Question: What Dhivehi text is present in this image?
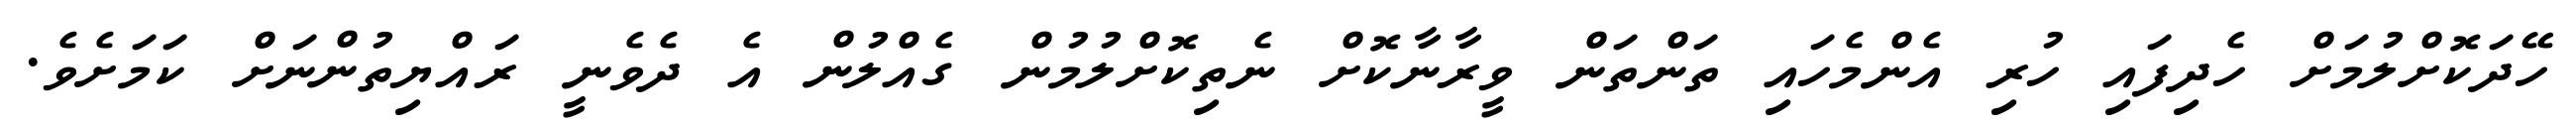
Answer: ހޭދަކޮށްލުމަށް ހެދިފައި ހުރި އެންމެހައި ތަންތަން ވީރާނާކޮށް ނެތިކޮށްލުމުން ގެއްލުން އެ ދެވެނީ ރައްޔިތުންނަށް ކަމަށެވެ.